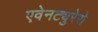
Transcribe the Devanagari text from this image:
एवेनट्युरेरो